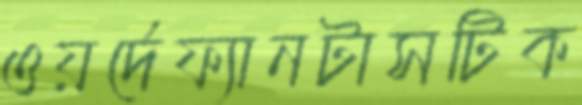
ওয়র্দেফ্যানটাসটিক